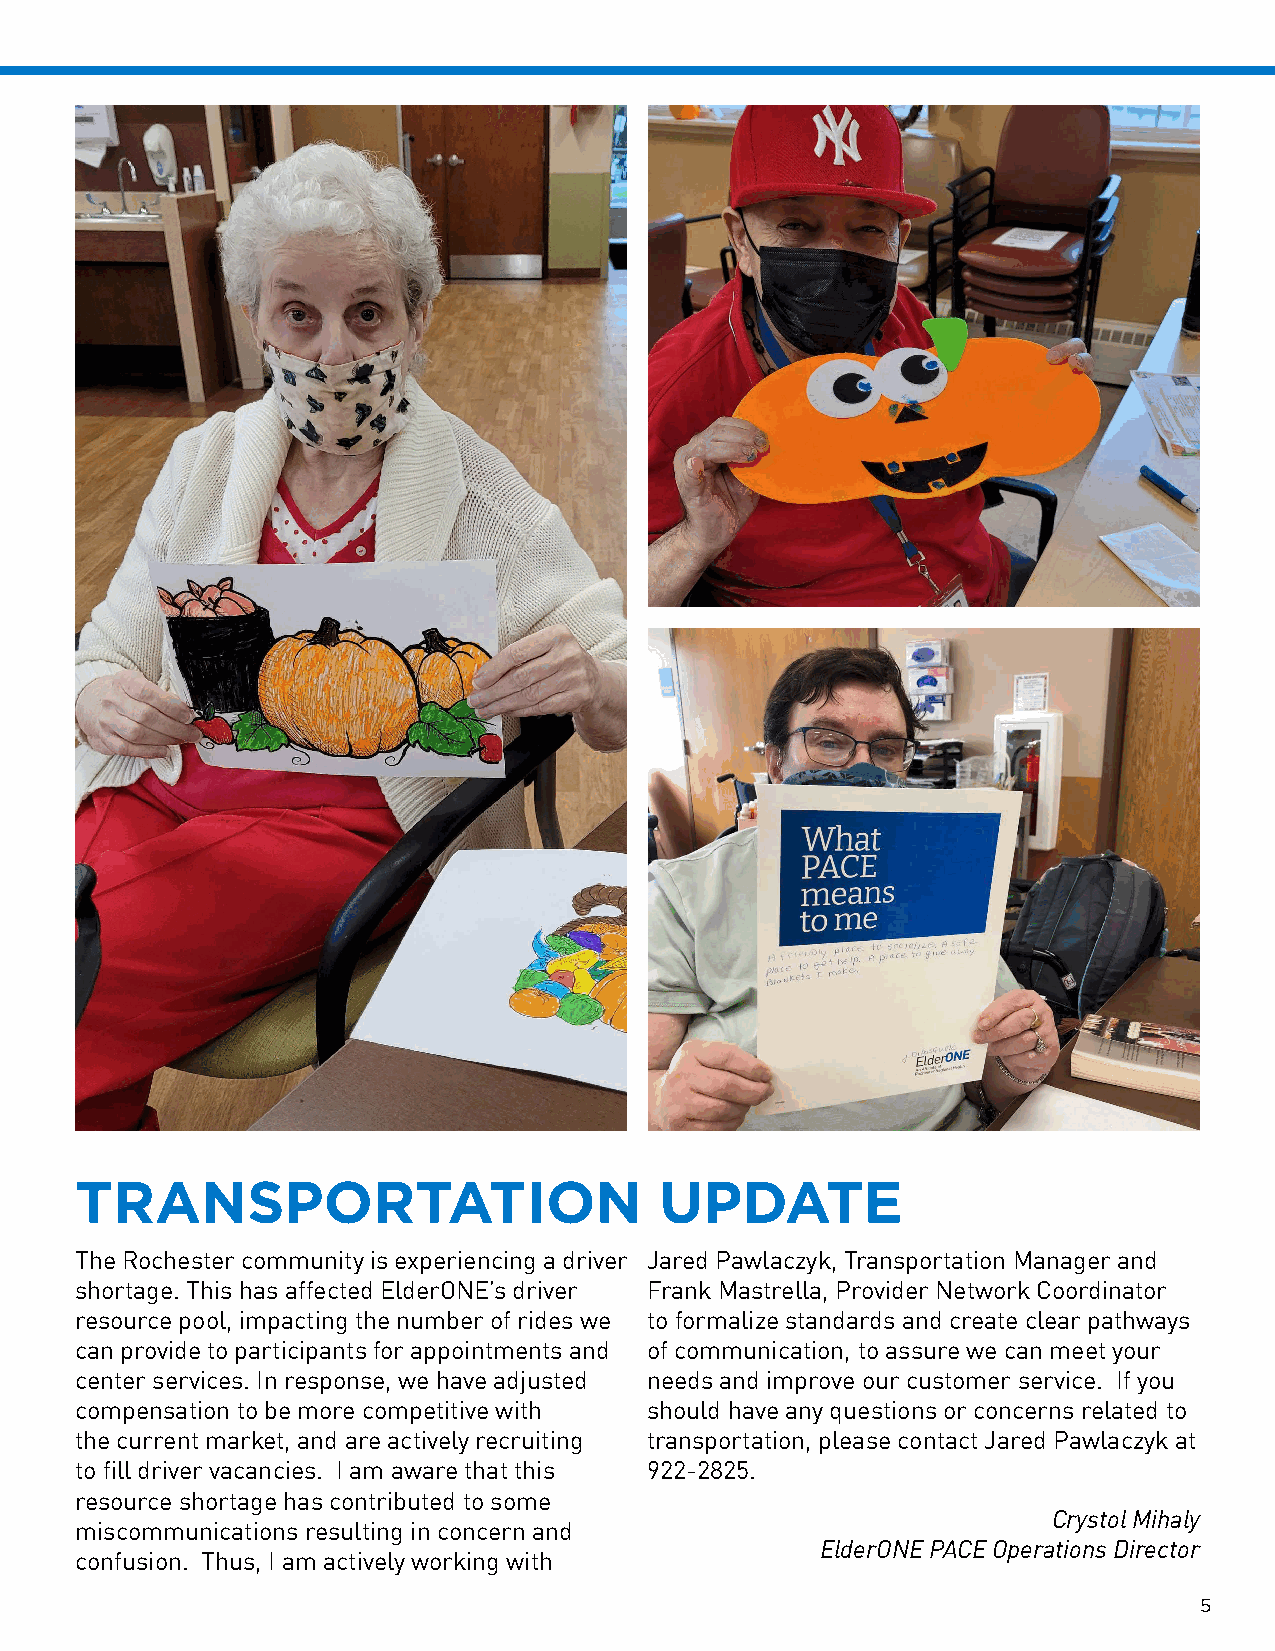
TRANSPORTATION                         UPDATE
 The Rochester community is experiencing a driver Jared Pawlaczyk, Transportation Manager and
 shortage. This has affected ElderONE’s driver Frank Mastrella, Provider Network Coordinator
 resource pool, impacting the number of rides we to formalize standards and create clear pathways
 can provide to participants for appointments and of communication, to assure we can meet your
 center services. In response, we have adjusted needs and improve our customer service. If you
 compensation to be more competitive with should have any questions or concerns related to
 the current market, and are actively recruiting transportation, please contact Jared Pawlaczyk at
 to fill driver vacancies. I am aware that this 922-2825.
 resource shortage has contributed to some
 Crystol Mihaly
 miscommunications resulting in concern and
 ElderONE PACE Operations Director
 confusion. Thus, I am actively working with
 5